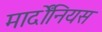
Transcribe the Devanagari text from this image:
मार्दोंनियस